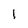
Character: 1